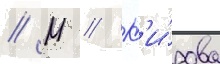
// М // К'и́рова